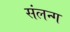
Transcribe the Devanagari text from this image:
संलन्ग